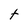
Character: t